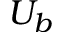
U _ { b }